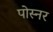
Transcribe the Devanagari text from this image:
पोस्‍नर